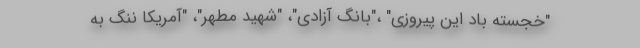
"خجسته باد این پیروزی" ،"بانگ آزادی"، "شهید مطهر"، "آمریکا ننگ به